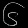
Digit: ၆